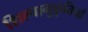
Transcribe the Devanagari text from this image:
शिल्पानुकृतियाँ